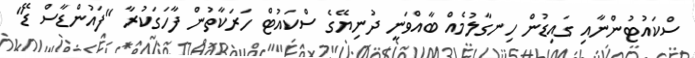
ސްކައުޓުންނާއި ގައިޑުން ހިނގާލުމެއް ބާއްވަނީ ދުނިޔޭގެ ސްކައުޓް ހަރަކާތުން ފާހަގަކުރާ "ފައުންޑާސް ޑޭ"